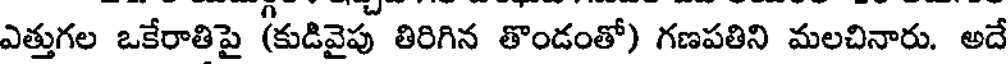
ఎత్తుగల ఒకేరాతిపై (కుడివైపు తిరిగిన తొండంతో) గణపతిని మలచినారు. అదే